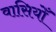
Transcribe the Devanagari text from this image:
वासियोँ